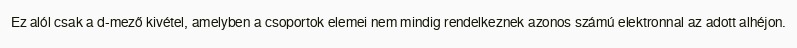
Ez alól csak a d-mező kivétel, amelyben a csoportok elemei nem mindig rendelkeznek azonos számú elektronnal az adott alhéjon.